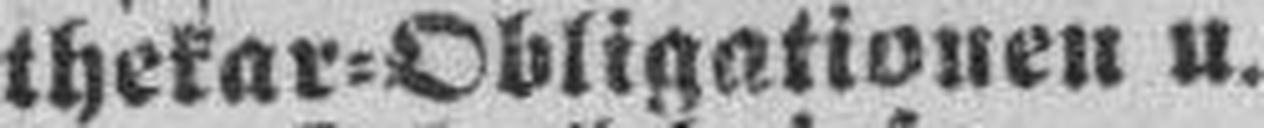
thekar=Obligationen u.